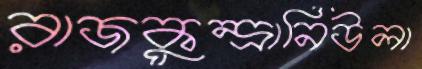
রাজকুন্দ্রানিউলা